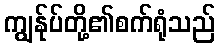
ကျွန်ုပ်တို့၏စက်ရုံသည်